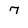
Character: 7